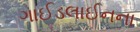
ગાઈડલાઈનના